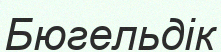
Бюгельдік